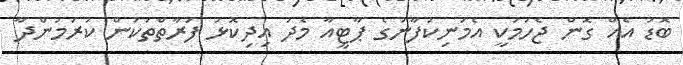
ބޮޑު އެއް ގޮން ޖެހުމަކީ އެމަނިކުފާނުގެ ޕާޓީއާ މެދު އިދިކޮޅު ފަރާތްތަކުން ކުރަމުންދާ